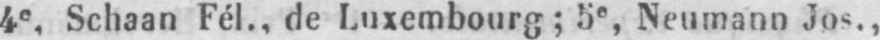
4e, Schaan Fél., de Luxembourg; 5e, Neumann Jos.,